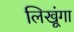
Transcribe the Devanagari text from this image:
लिखूंगा